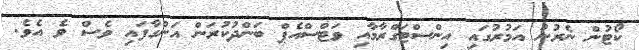
ކޯޓުން ނެރުނު އަމުރުގައި އިންސްޓަގްރާމާއި ވަޓްސްއެޕް ބަންދުކުރަން އަންގާފައި ވެސް ވެ އެވެ.